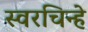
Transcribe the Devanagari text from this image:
स्वरचिन्हे